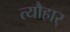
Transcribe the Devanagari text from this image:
त्यौहार्